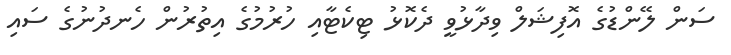
ސަން ލޭންޑުގެ އޮފިޝަލް ވިދާޅުވީ ދެކޮޅު ޓިކެޓާއި ހުރުމުގެ އިތުރުން ހެނދުނުގެ ސައި